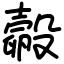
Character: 㲉